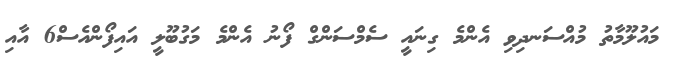
މައުލޫމާތު މުއްސަނދިވި އެންމެ ގިނައީ ސެމްސަންގް ފޯނު އެންމެ މަގުބޫލީ އައިފޯންއެސް6 އާއި